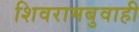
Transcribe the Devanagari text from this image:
शिवरामबुवाही